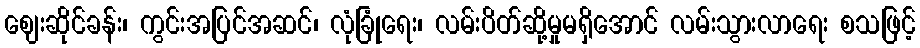
ဈေးဆိုင်ခန်း၊ ကွင်းအပြင်အဆင်၊ လုံခြုံရေး၊ လမ်းပိတ်ဆို့မှုမရှိအောင် လမ်းသွားလာရေး စသဖြင့်